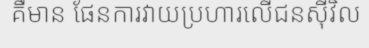
គឺមាន ផែនការវាយប្រហារលើជនស៊ីវិល